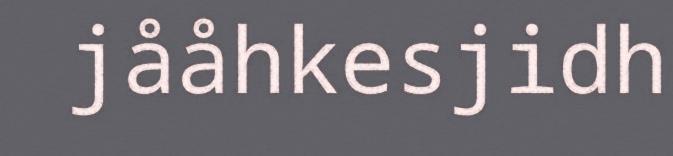
jååhkesjidh